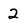
Character: 2